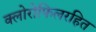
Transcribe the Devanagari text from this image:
क्लोरोफिलरहित